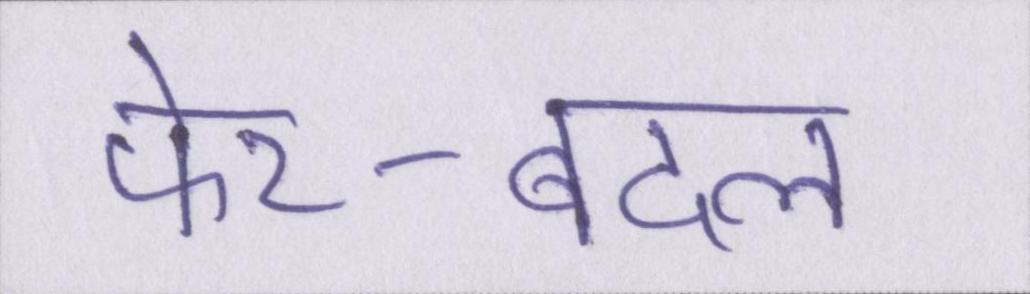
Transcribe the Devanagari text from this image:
फेर-बदल